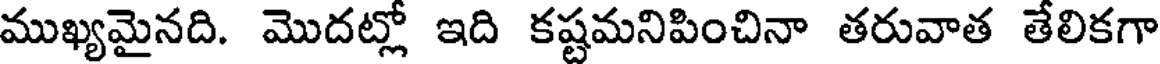
ముఖ్యమైనది. మొదట్లో ఇది కష్టమనిపించినా తరువాత తేలికగా